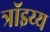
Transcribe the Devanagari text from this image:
त्रॉइय्य